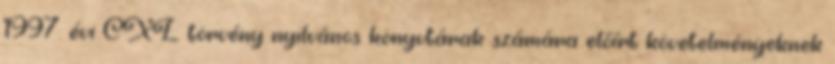
1997. évi CXL. törvény nyilvános könyvtárak számára előírt követelményeknek